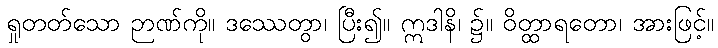
ရှုတတ်သော ဉာဏ်ကို။ ဒဿေတွာ၊ ပြီး၍။ ဣဒါနိ၊ ၌။ ဝိတ္ထာရတော၊ အားဖြင့်။